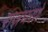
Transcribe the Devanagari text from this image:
राजघरणे